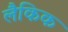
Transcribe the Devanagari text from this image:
लैकिक